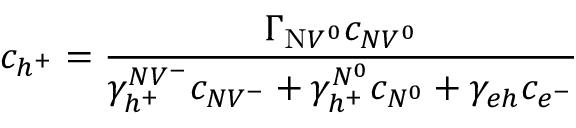
c _ { h ^ { + } } = \frac { \Gamma _ { \mathrm { N } V ^ { 0 } } c _ { N V ^ { 0 } } } { \gamma _ { h ^ { + } } ^ { N V ^ { - } } c _ { N V ^ { - } } + \gamma _ { h ^ { + } } ^ { N ^ { 0 } } c _ { N ^ { 0 } } + \gamma _ { e h } c _ { e ^ { - } } }